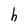
Character: h